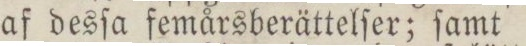
af desſa femårsberättelſer; ſamt